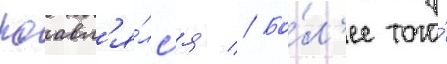
поавл'я́лс'я // Бо́л'ее того́